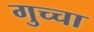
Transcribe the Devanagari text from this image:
गुच्चा